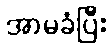
အာမခံပြီး